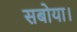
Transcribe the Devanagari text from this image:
सबोया।